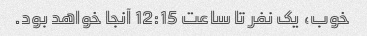
خوب، یک نفر تا ساعت 12:15 آنجا خواهد بود.